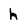
Character: h